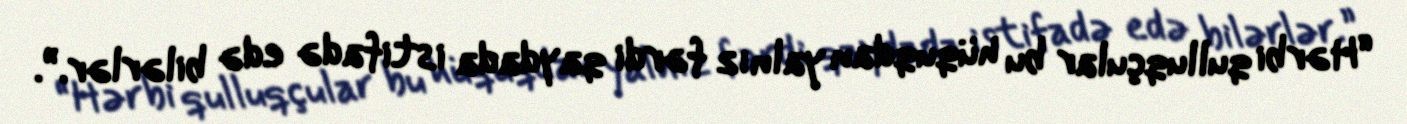
“Hərbi qulluqçular bu hüquqdan yalnız fərdi qaydada istifadə edə bilərlər.”.